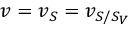
v = v _ { S } = v _ { S / S _ { V } }